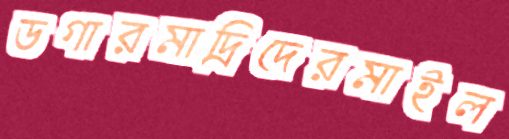
ডগারমাদ্রিদেরমাইল